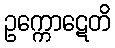
ဥက္ကောဋေတိ